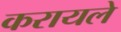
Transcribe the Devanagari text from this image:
करायले